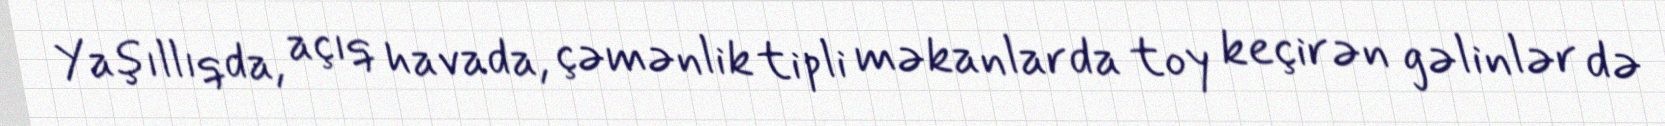
Yaşıllıqda, açıq havada, çəmənlik tipli məkanlarda toy keçirən gəlinlər də